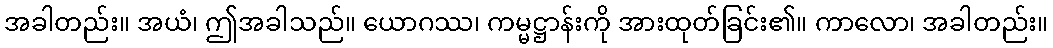
အခါတည်း။ အယံ၊ ဤအခါသည်။ ယောဂဿ၊ ကမ္မဋ္ဌာန်းကို အားထုတ်ခြင်း၏။ ကာလော၊ အခါတည်း။